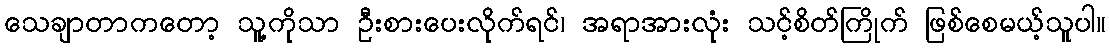
သေချာတာကတော့ သူ့ကိုသာ ဦးစားပေးလိုက်ရင်၊ အရာအားလုံး သင့်စိတ်ကြိုက် ဖြစ်စေမယ့်သူပါ။